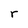
Character: r